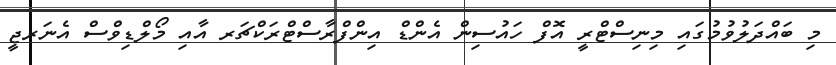
މި ބައްދަލުވުމުގައި މިނިސްޓްރީ އޮފް ހައުސިން އެންޑް އިންފްރާސްޓްރަކްޗަރ އާއި މޯލްޑިވްސް އެނަރޖީ